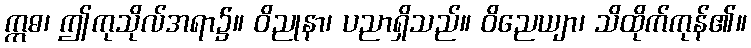
ဣဓ၊ ဤကုသိုလ်အရာ၌။ ဝိညုနာ၊ ပညာရှိသည်။ ဝိညေယျာ၊ သိထိုက်ကုန်၏။